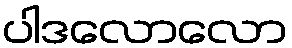
ပါဒလောလော